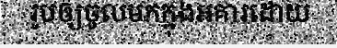
រូបឲ្យចូលមកក្នុងអគារដោយ